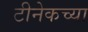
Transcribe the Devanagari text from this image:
टीनेकच्या